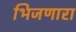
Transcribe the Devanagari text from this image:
भिजणारा